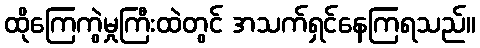
ထိုကြေကွဲမှုကြီးထဲတွင် အသက်ရှင်နေကြရသည်။